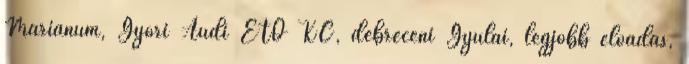
Marianum, Győri Audi ETO KC, debreceni Gyulai, legjobb előadás,